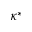
\kappa ^ { * }